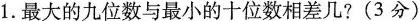
1. 最大的九位数与最小的十位数相差几? (3分)